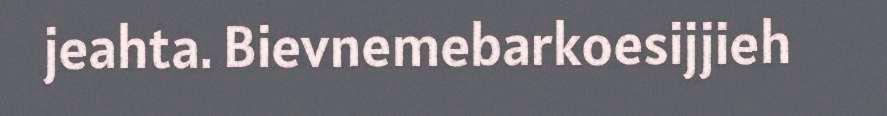
jeahta. Bievnemebarkoesijjieh